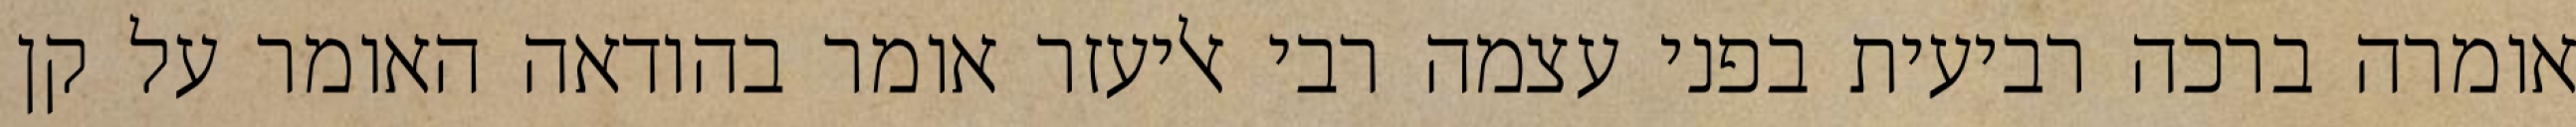
אומרה ברכה רביעית בפני עצמה רבי אליעזר אומר בהודאה האומר על קן